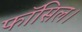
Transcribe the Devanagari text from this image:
फॉसिल।